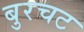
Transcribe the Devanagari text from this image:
बुरचट